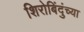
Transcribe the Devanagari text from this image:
शिरोबिंदुंच्या